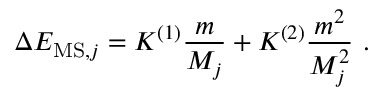
\Delta E _ { \mathrm { M S } , j } = K ^ { ( 1 ) } \frac { m } { M _ { j } } + K ^ { ( 2 ) } \frac { m ^ { 2 } } { M _ { j } ^ { 2 } } \ .